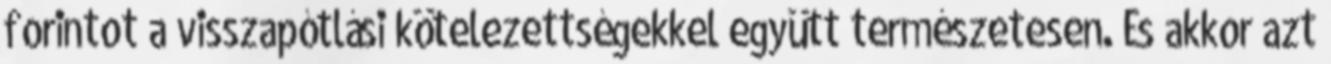
forintot a visszapótlási kötelezettségekkel együtt természetesen. És akkor azt